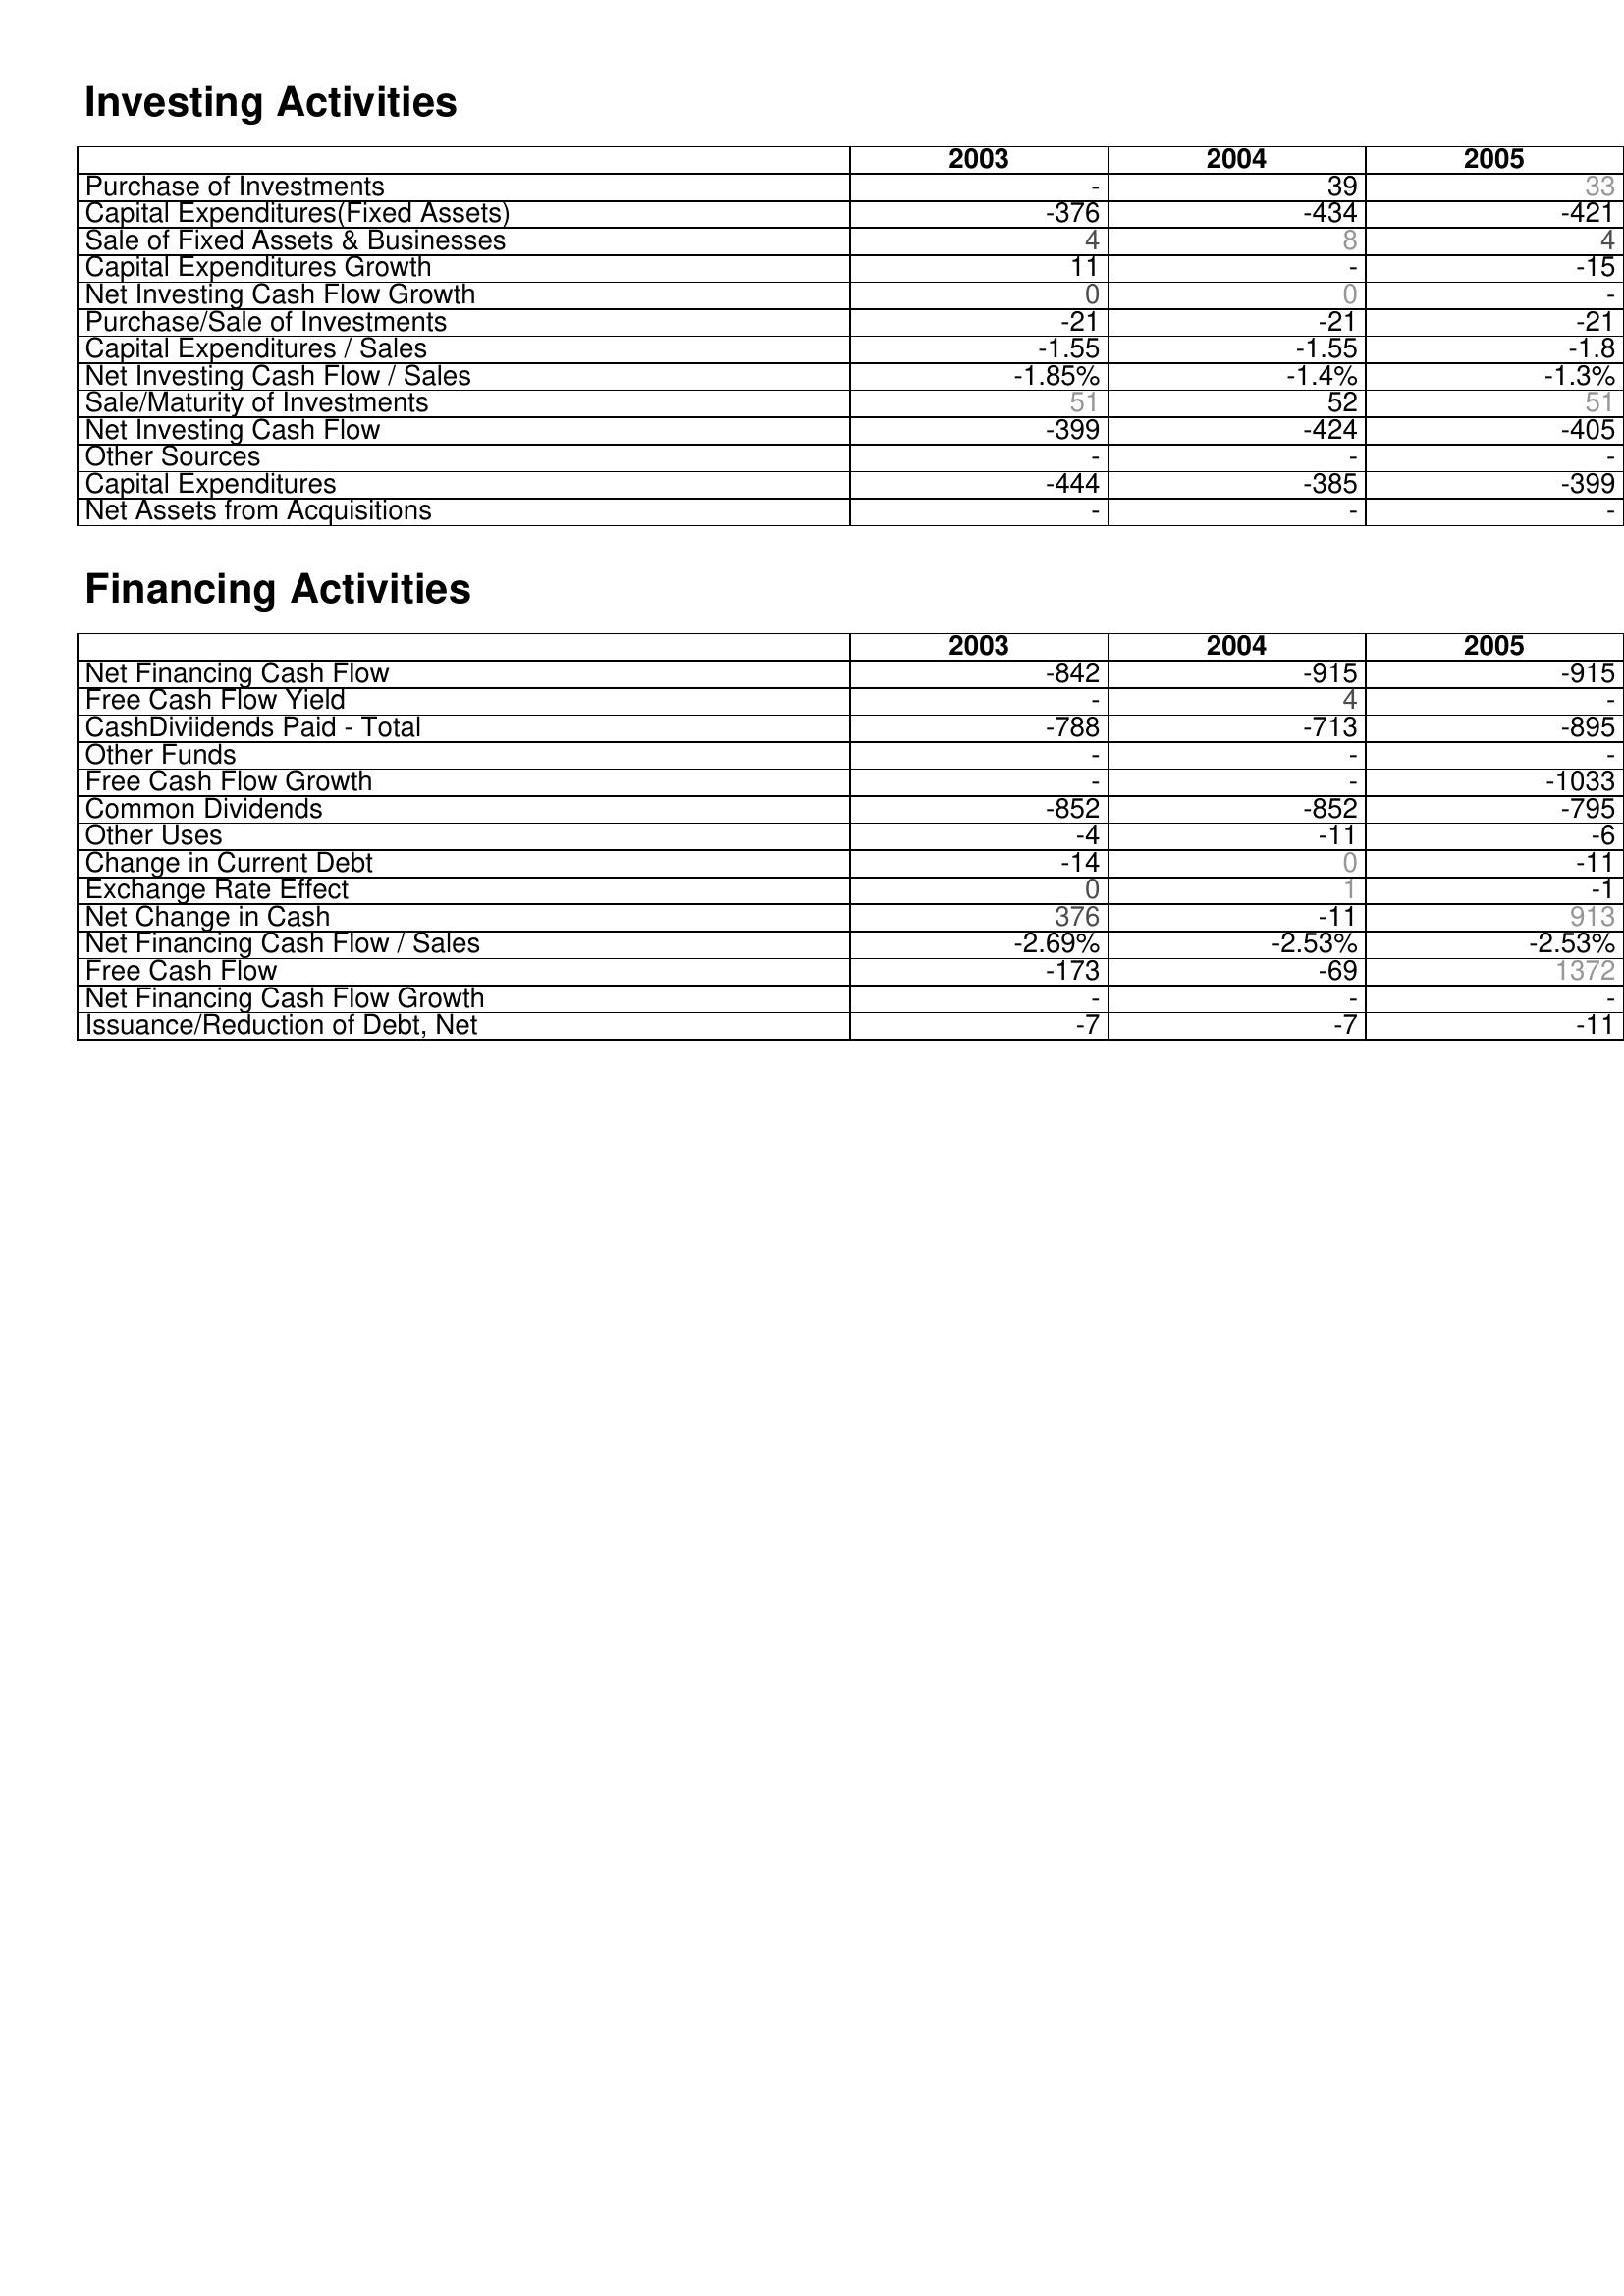
2003: Investing Activities: Purchase of Investments: -
Capital Expenditures(Fixed Assets): -376
Sale of Fixed Assets & Businesses: 4
Capital Expenditures Growth: 11
Net Investing Cash Flow Growth: 0
Purchase/Sale of Investments: -21
Capital Expenditures / Sales: -1.55
Net Investing Cash Flow / Sales: -1.85%
Sale/Maturity of Investments: 51
Net Investing Cash Flow: -399
Other Sources: -
Capital Expenditures: -444
Net Assets from Acquisitions: -
Financing Activities: Net Financing Cash Flow: -842
Free Cash Flow Yield: -
CashDiviidends Paid - Total: -788
Other Funds: -
Free Cash Flow Growth: -
Common Dividends: -852
Other Uses: -4
Change in Current Debt: -14
Exchange Rate Effect: 0
Net Change in Cash: 376
Net Financing Cash Flow / Sales: -2.69%
Free Cash Flow: -173
Net Financing Cash Flow Growth: -
Issuance/Reduction of Debt, Net: -7
2004: Investing Activities: Purchase of Investments: 39
Capital Expenditures(Fixed Assets): -434
Sale of Fixed Assets & Businesses: 8
Capital Expenditures Growth: -
Net Investing Cash Flow Growth: 0
Purchase/Sale of Investments: -21
Capital Expenditures / Sales: -1.55
Net Investing Cash Flow / Sales: -1.4%
Sale/Maturity of Investments: 52
Net Investing Cash Flow: -424
Other Sources: -
Capital Expenditures: -385
Net Assets from Acquisitions: -
Financing Activities: Net Financing Cash Flow: -915
Free Cash Flow Yield: 4
CashDiviidends Paid - Total: -713
Other Funds: -
Free Cash Flow Growth: -
Common Dividends: -852
Other Uses: -11
Change in Current Debt: 0
Exchange Rate Effect: 1
Net Change in Cash: -11
Net Financing Cash Flow / Sales: -2.53%
Free Cash Flow: -69
Net Financing Cash Flow Growth: -
Issuance/Reduction of Debt, Net: -7
2005: Investing Activities: Purchase of Investments: 33
Capital Expenditures(Fixed Assets): -421
Sale of Fixed Assets & Businesses: 4
Capital Expenditures Growth: -15
Net Investing Cash Flow Growth: -
Purchase/Sale of Investments: -21
Capital Expenditures / Sales: -1.8
Net Investing Cash Flow / Sales: -1.3%
Sale/Maturity of Investments: 51
Net Investing Cash Flow: -405
Other Sources: -
Capital Expenditures: -399
Net Assets from Acquisitions: -
Financing Activities: Net Financing Cash Flow: -915
Free Cash Flow Yield: -
CashDiviidends Paid - Total: -895
Other Funds: -
Free Cash Flow Growth: -1033
Common Dividends: -795
Other Uses: -6
Change in Current Debt: -11
Exchange Rate Effect: -1
Net Change in Cash: 913
Net Financing Cash Flow / Sales: -2.53%
Free Cash Flow: 1372
Net Financing Cash Flow Growth: -
Issuance/Reduction of Debt, Net: -11